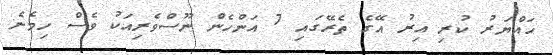
ހައްޔަރު ކުރި އިރު އޭގެ ތެރޭގައި 7 އަންހެން ނޫސްވެރިއަކު ވެސް ހިމެނެ